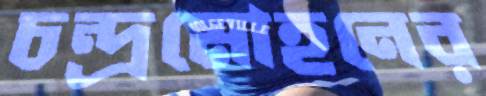
চন্দ্রমোহনের